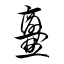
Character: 爨